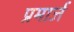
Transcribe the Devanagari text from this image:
प्रमार्ज